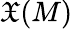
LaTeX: {\mathfrak{X}}(M)